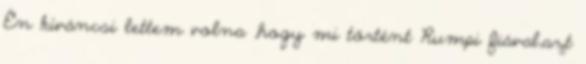
Én kíváncsi lettem volna ,hogy mi történt Rumpi fiával,azt